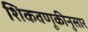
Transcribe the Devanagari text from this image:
शिकवणूकीनुसार